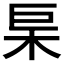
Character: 𭩢